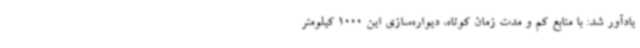
یادآور شد: با منابع کم و مدت زمان کوتاه، دیواره‌سازی این 1000 کیلومتر